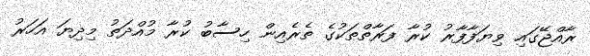
ރާއްޖޭގައި ވިޔަފާފާރު ކުރާ ފަރާތްތަކުގެ ތެރެއިން ހިސާބު ކުރާ މުއްދަތު މިދިޔަ އަހަރު